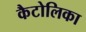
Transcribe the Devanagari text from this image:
कैटोलिका